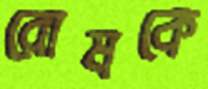
রোমকে